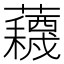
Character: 𫊕